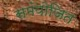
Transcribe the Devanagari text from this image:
समंयोजित